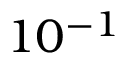
1 0 ^ { - 1 }